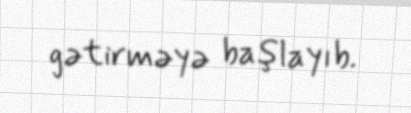
gətirməyə başlayıb.